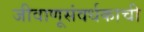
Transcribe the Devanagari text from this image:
जीवाणूसंवर्धकाची